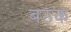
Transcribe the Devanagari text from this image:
बठक